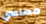
مصاصي